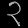
Digit: ၃